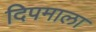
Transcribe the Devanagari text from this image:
दिपमाला